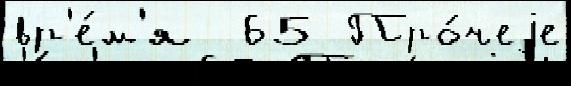
вр'е́м'я  65 Про́чеjе